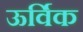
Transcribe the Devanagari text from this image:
ऊर्विक